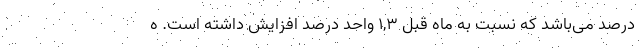
درصد می‌باشد که نسبت به ماه قبل ١,٣ واحد درصد افزایش داشته است. ه